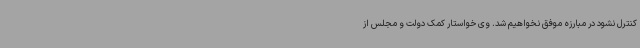
کنترل نشود در مبارزه موفق نخواهیم شد. وی خواستار کمک دولت و مجلس از